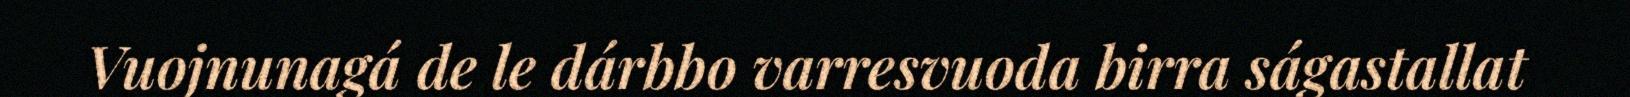
Vuojnunagá de le dárbbo varresvuoda birra ságastallat